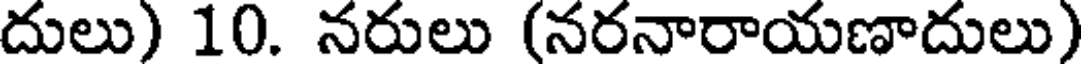
దులు) 10. నరులు (నరనారాయణాదులు)